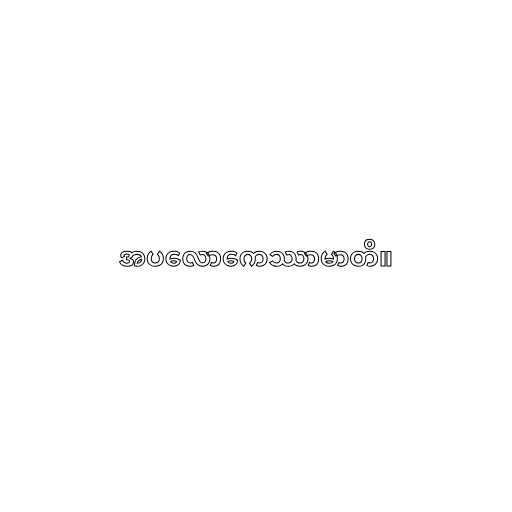
အပလောကေဿာမာတိ။